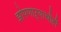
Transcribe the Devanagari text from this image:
झोपणाऱ्याचीही